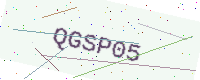
Text: QGSP05